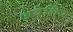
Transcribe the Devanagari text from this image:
अवेलिंग